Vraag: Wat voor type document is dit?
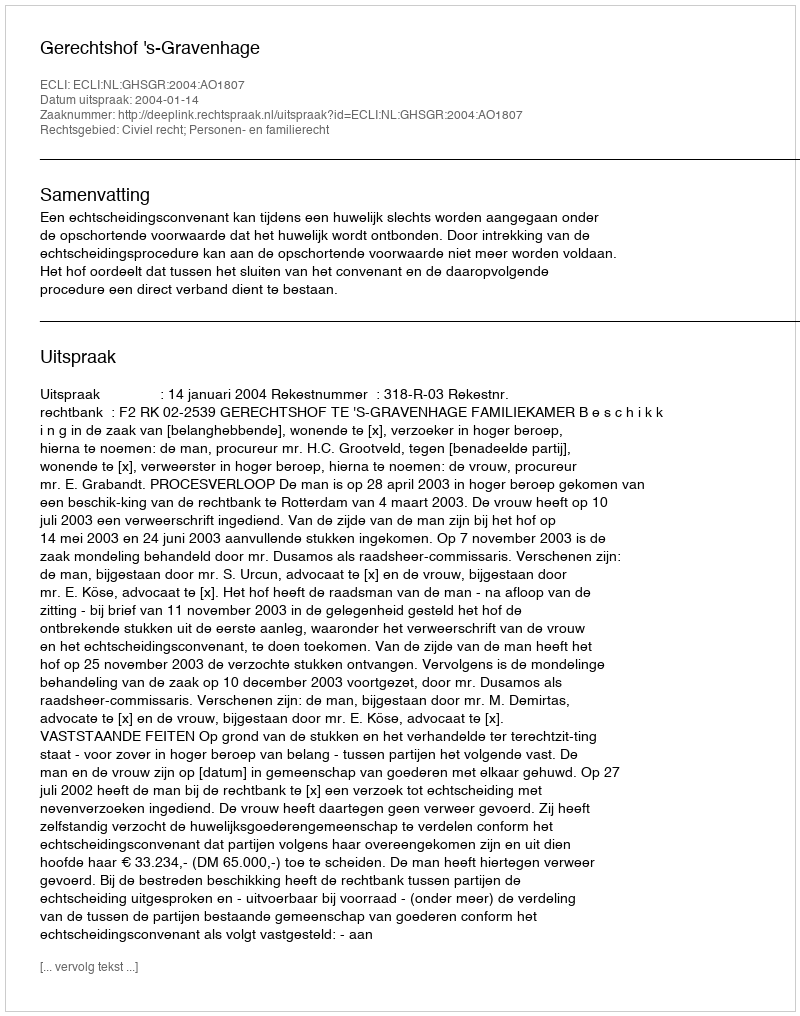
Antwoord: Uitspraak